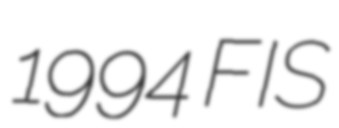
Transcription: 1994 FIS